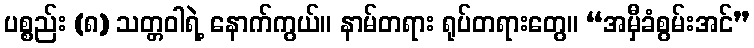
ပစ္စည်း (၈) သတ္တဝါရဲ့ နောက်ကွယ်။ နာမ်တရား ရုပ်တရားတွေ။ “အမှီခံစွမ်းအင်”